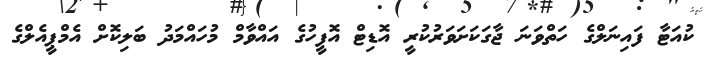
ކުއަޓާ ފައިނަލްގެ ހަތްވަނަ ޖާގަކަށަވަރުކުރީ އޮޑިޓް އޮފީހުގެ އައްވާމް މުހައްމަދު ބަލިކޮށް އެމްޕީއެލްގެ